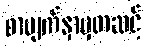
စာမျက်နှာမှတဆင့်